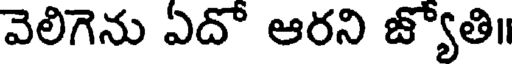
వెలిగెను ఏదో ఆరని జ్యోతి